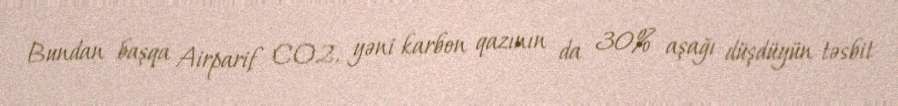
Bundan başqa Airparif CO2, yəni karbon qazının da 30% aşağı düşdüyün təsbit